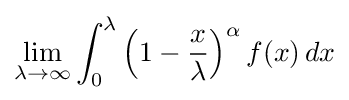
\lim _{\lambda \to \infty }\int _{0}^{\lambda }\left(1-{\frac {x}{\lambda }}\right)^{\alpha }f(x)\,dx